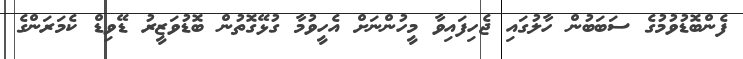
ފެންބޮޑުވުމުގެ ސަބަބުން ހާލުގައި ޖެހިފައިވާ މީހުންނަށް އެހީވުމާ ގުޅޭގޮތުން ބޮޑުވަޒީރު ޑޭވިޑް ކެމަރަންގެ